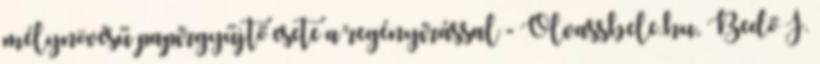
mélynövésű papírgyűjtő esete a regényírással - Olvassbele.hu, Bedő J.